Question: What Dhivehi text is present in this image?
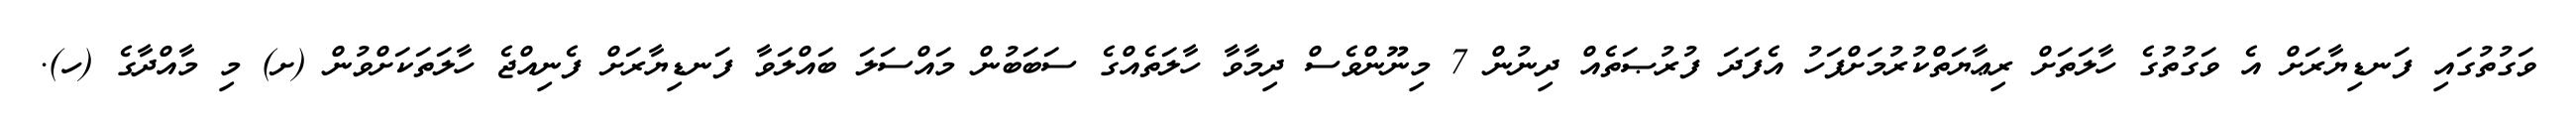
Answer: ވަގުތުގައި ފަނޑިޔާރަށް އެ ވަގުތުގެ ހާލަތަށް ރިޢާޔަތްކުރުމަށްފަހު އެފަދަ ފުރުޞަތެއް ދިނުން 7 މިނޫންވެސް ދިމާވާ ހާލަތެއްގެ ސަބަބުން މައްސަލަ ބައްލަވާ ފަނޑިޔާރަށް ފެނިއްޖެ ހާލަތަކަށްވުން (ށ) މި މާއްދާގެ (ހ).